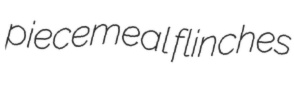
piecemeal flinches